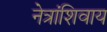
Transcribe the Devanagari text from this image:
नेत्रांशिवाय